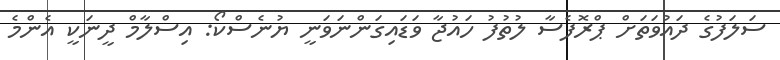
ސަލަފުގެ ދައުވަތަށް ޕްރޮފެސާ ލުތުފު ހައުޖާ ވަޑައިގަންނަވަނީ ޔުނެސްކޯ: އިސްލާމް ދީނަކީ އެންމެ